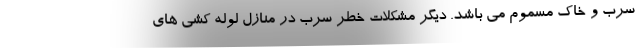
سرب و خاک مسموم می باشد. دیگر مشکلات خطر سرب در منازل لوله کشی های